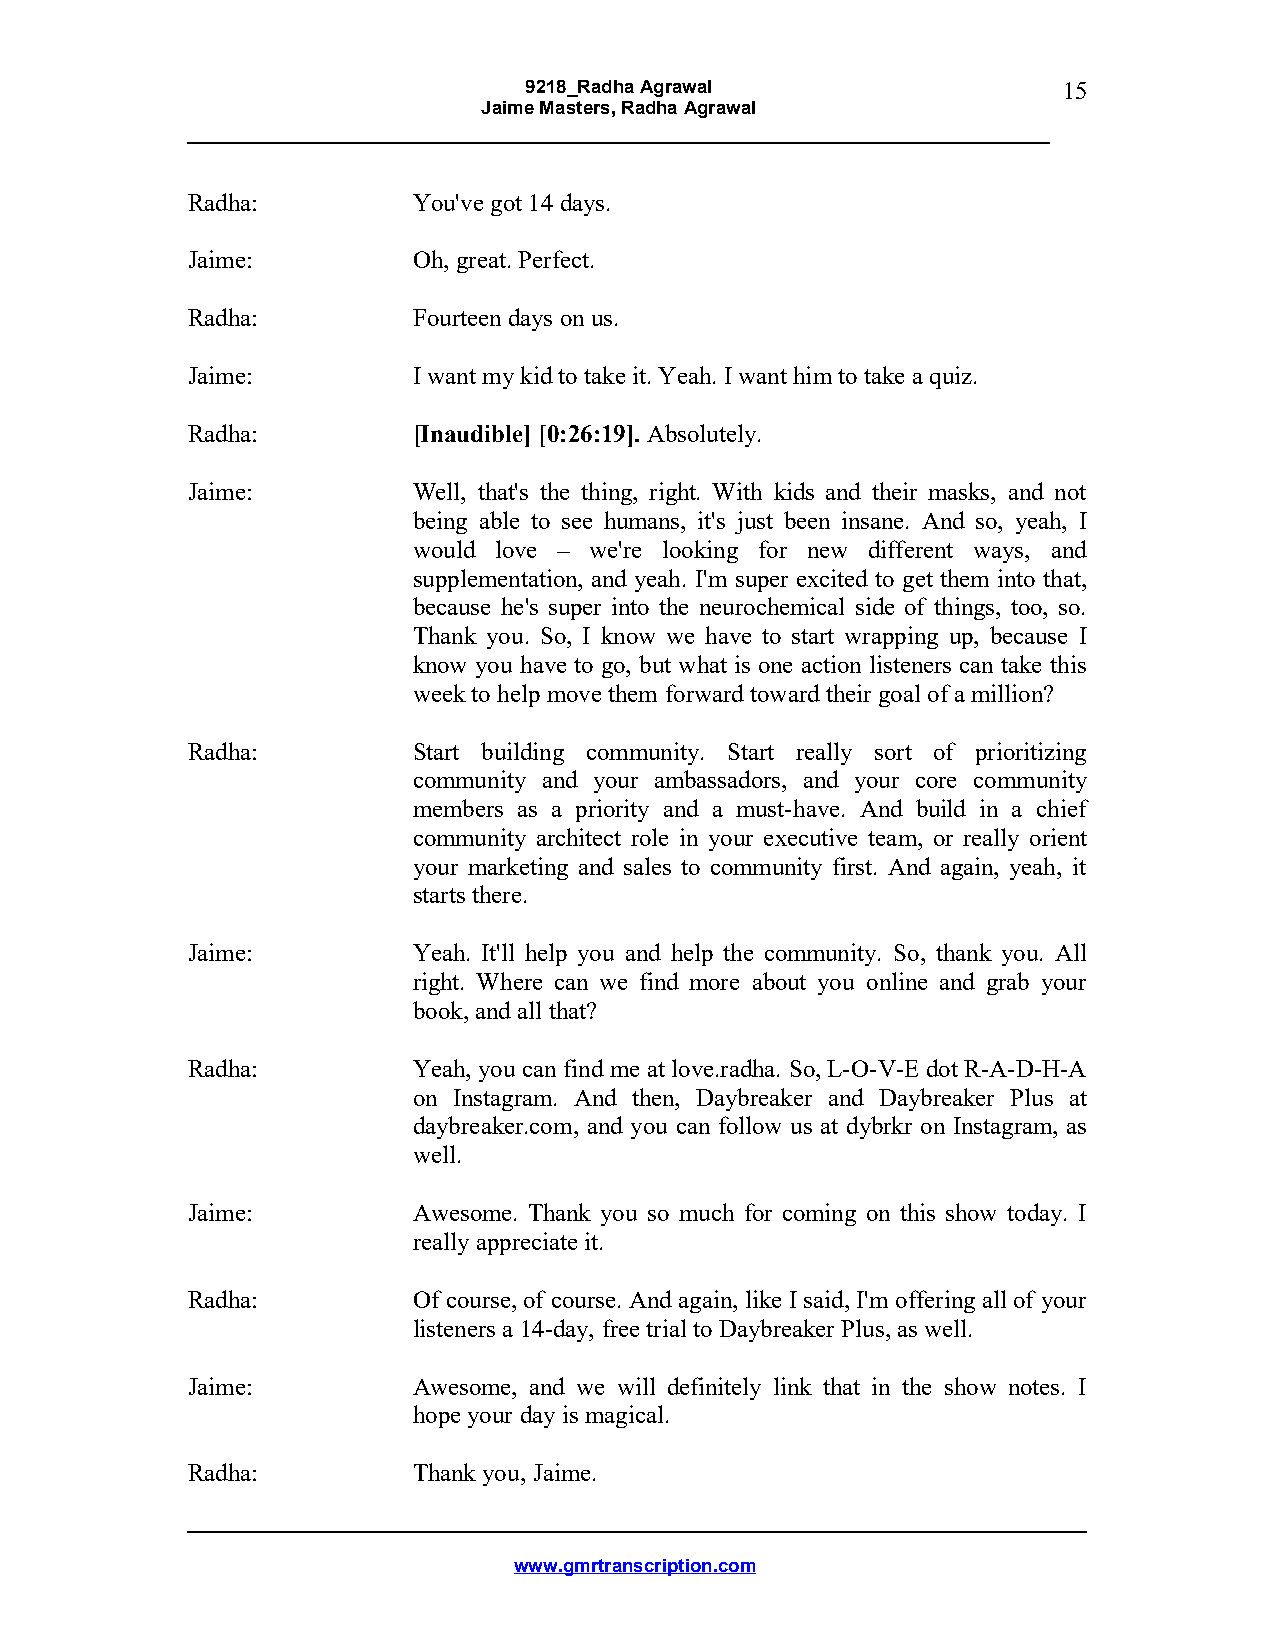
9218_Radha Agrawal                 15
 Jaime Masters, Radha Agrawal
 Radha:         You've got 14 days.
 Jaime:         Oh, great. Perfect.
 Radha:         Fourteen days on us.
 Jaime:         I want my kid to take it. Yeah. I want him to take a quiz.
 Radha:         [Inaudible] [0:26:19]. Absolutely.
 Jaime:         Well, that's the thing, right. With kids and their masks, and not
 being able to see humans, it's just been insane. And so, yeah, I
 would love – we're looking for new different ways, and
 supplementation, and yeah. I'm super excited to get them into that,
 because he's super into the neurochemical side of things, too, so.
 Thank you. So, I know we have to start wrapping up, because I
 know you have to go, but what is one action listeners can take this
 week to help move them forward toward their goal of a million?
 Radha:         Start building community. Start really sort of prioritizing
 community and your ambassadors, and your core community
 members as a priority and a must-have. And build in a chief
 community architect role in your executive team, or really orient
 your marketing and sales to community first. And again, yeah, it
 starts there.
 Jaime:         Yeah. It'll help you and help the community. So, thank you. All
 right. Where can we find more about you online and grab your
 book, and all that?
 Radha:         Yeah, you can find me at love.radha. So, L-O-V-E dot R-A-D-H-A
 on Instagram. And then, Daybreaker and Daybreaker Plus at
 daybreaker.com, and you can follow us at dybrkr on Instagram, as
 well.
 Jaime:         Awesome. Thank you so much for coming on this show today. I
 really appreciate it.
 Radha:         Of course, of course. And again, like I said, I'm offering all of your
 listeners a 14-day, free trial to Daybreaker Plus, as well.
 Jaime:         Awesome, and we will definitely link that in the show notes. I
 hope your day is magical.
 Radha:         Thank you, Jaime.
 www.gmrtranscription.com